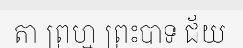
តា ព្រហ្ម ព្រះបាទ ជ័យ